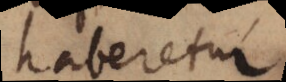
haberetur